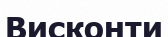
Висконти